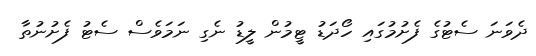
ދެވަނަ ސެޓުގެ ފެށުމުގައި ހޯދަޑު ޓީމުން ލީޑު ނެގި ނަމަވެސް ސެޓު ފެށުނުތާ